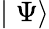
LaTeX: \mid\Psi\rangle